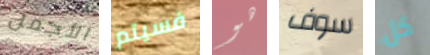
الأجمل فسيتم هو سوف كل